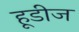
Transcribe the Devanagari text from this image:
हूडीज